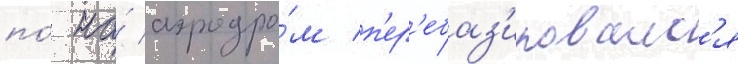
по́ на́ аэродро́м п'ер'ебаз'ировалс'я